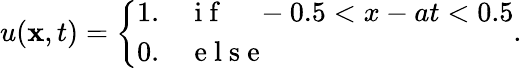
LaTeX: u(\mathbf{x},t)=\left\{ \begin{array}{ll}{1.\quad\mathrm{~i~f~}\quad-0.5<x-at<0.5}\\ {0.\quad\mathrm{~e~l~s~e~}}\end{array}\right..